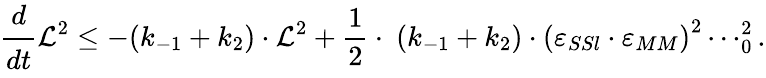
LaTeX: \cfrac{d}{dt}\mathcal{L}^{2}\leq-(k_{-1}+k_{2})\cdot\mathcal{L}^{2}+\frac{1}{2}\cdot\ (k_{-1}+k_{2})\cdot\left(\varepsilon_{SSl}\cdot\varepsilon_{MM}\right)^{2}\cdots_{0}^{2}.